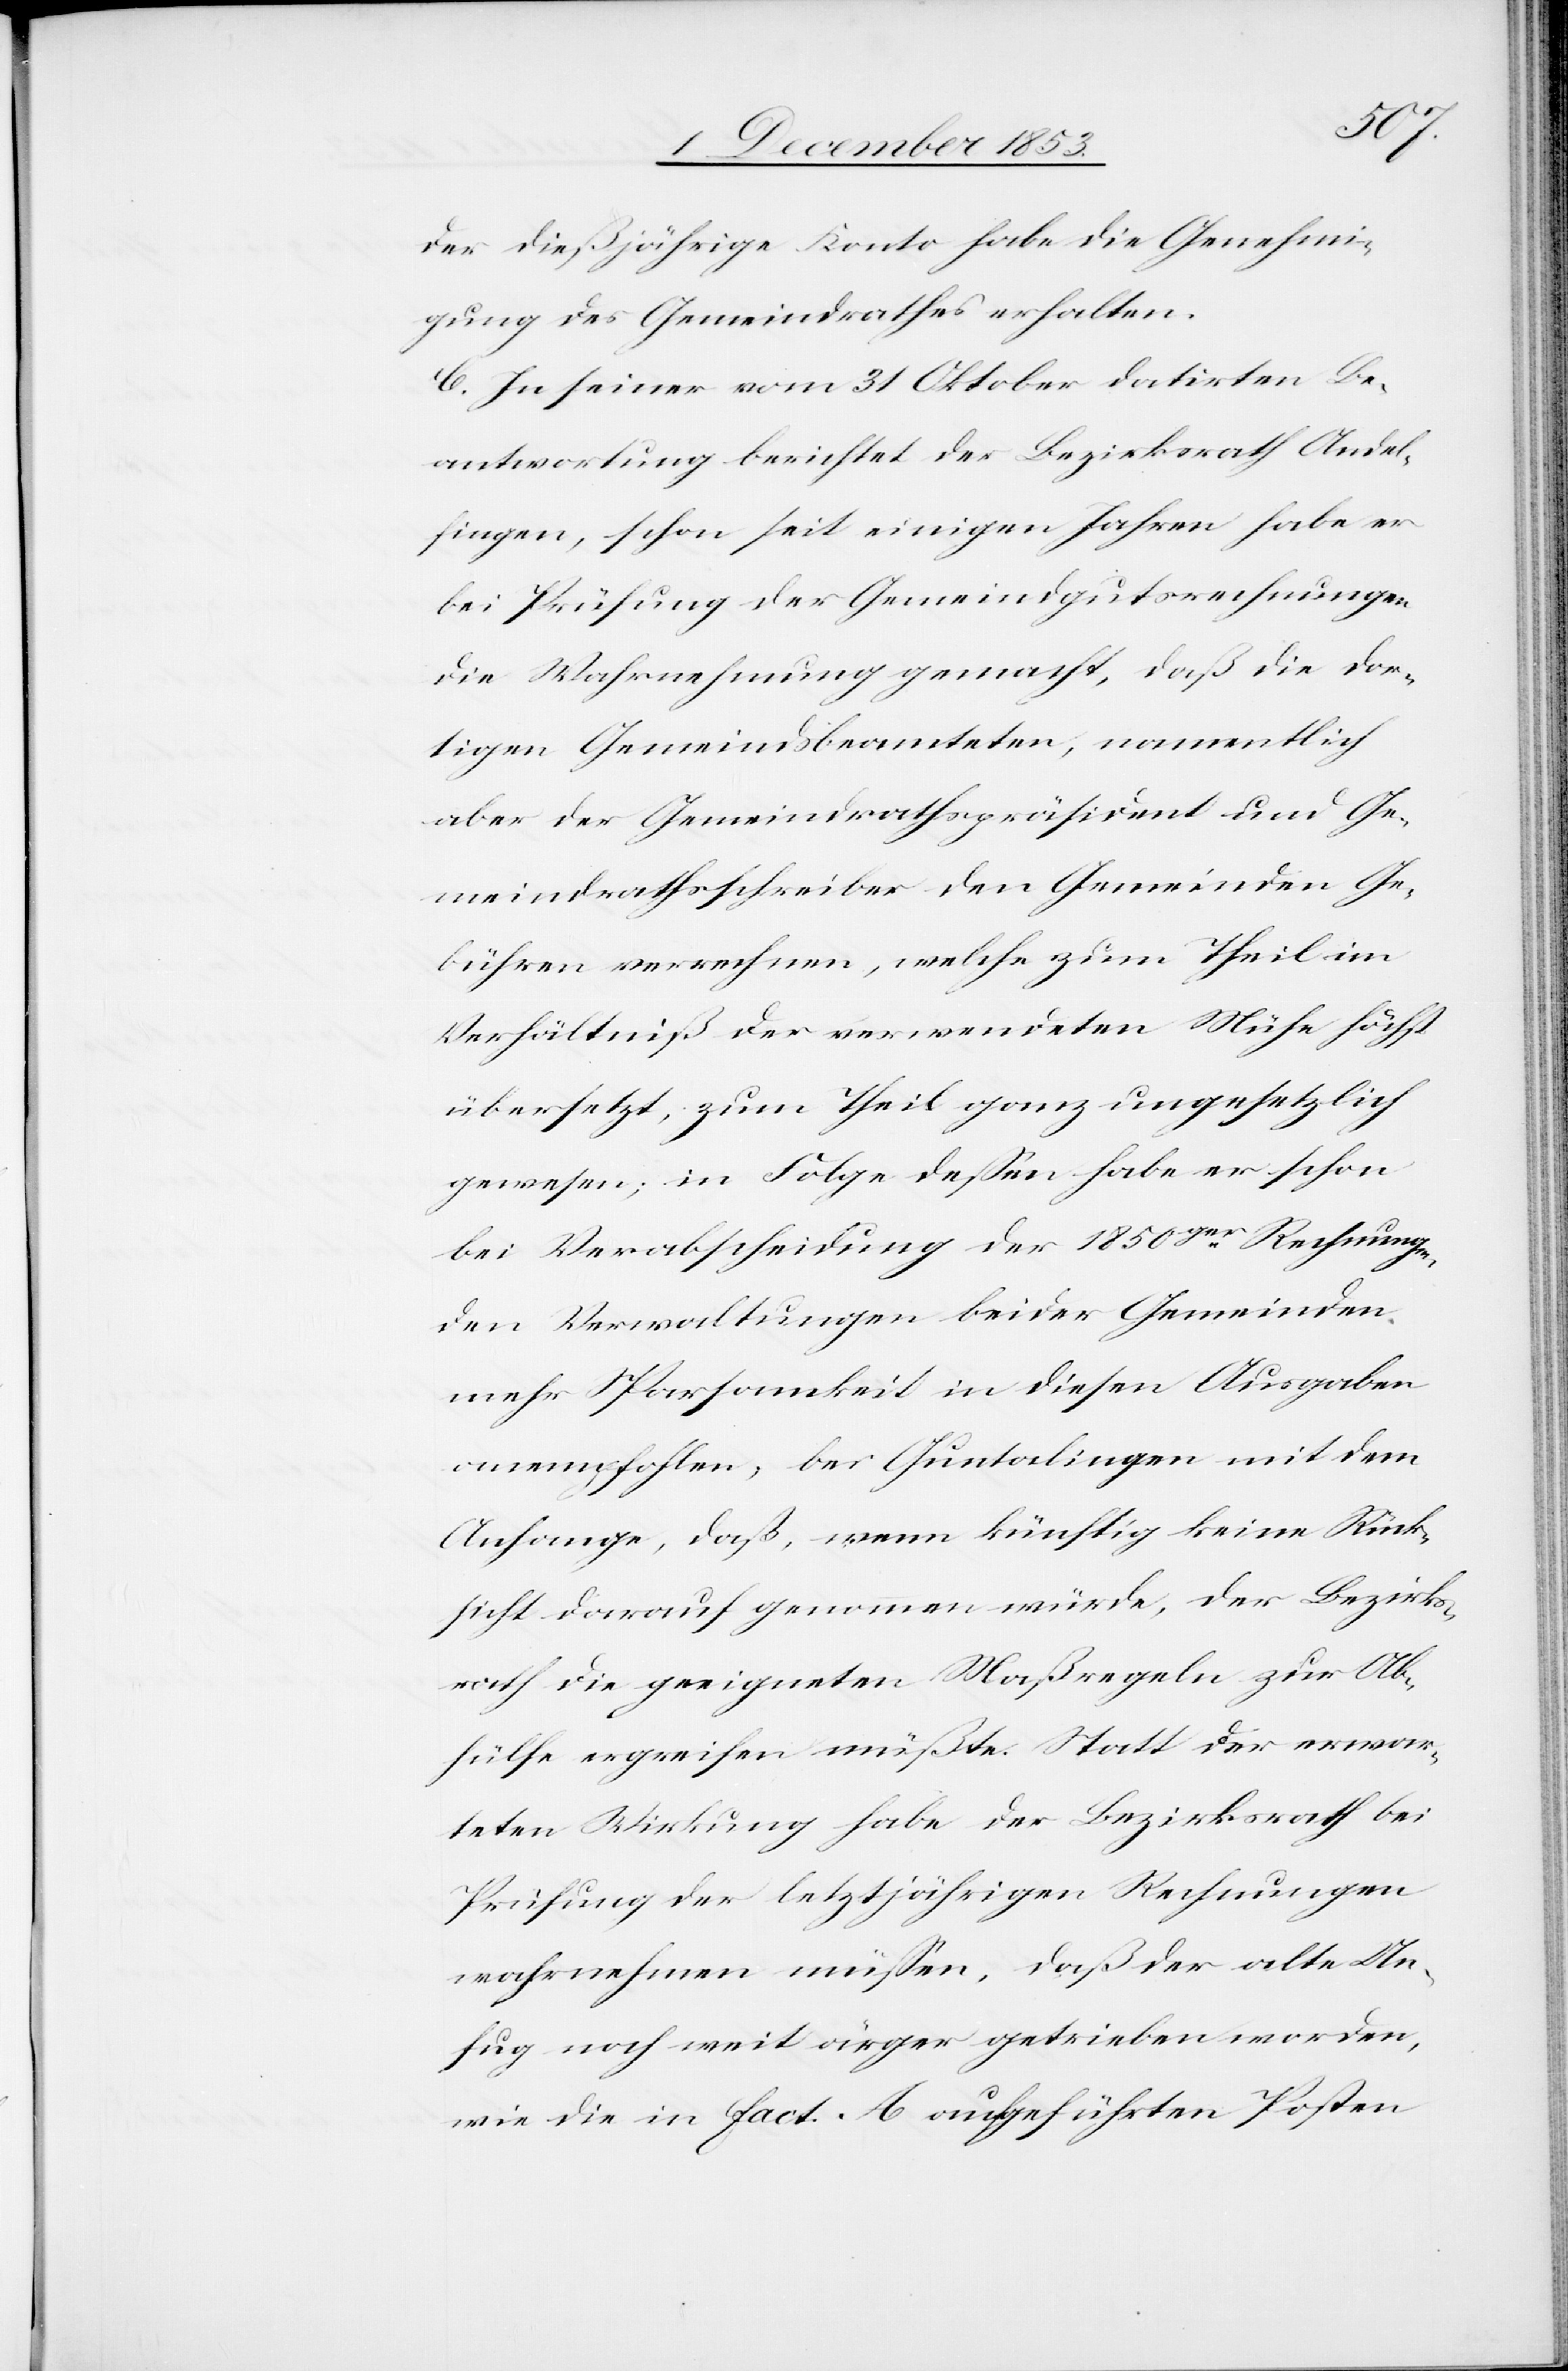
der dießjährige Konto habe die Genehmi¬
gung des Gemeindrathes erhalten.
C. In seiner vom 31 Oktober datirten Be¬
antwortung berichtet der Bezirksrath Andel¬
fingen, schon seit einigen Jahren habe er
bei Prüfung der Gemeindsgutsrechnungen
die Wahrnehmung gemacht, daß die dor¬
tigen Gemeindsbeamteten, namentlich
aber der Gemeindsrathspräsident und Ge¬
meindrathsschreiber den Gemeinden Ge¬
bühren verrechnen, welche zum Theil im
Verhältniß der verwendeten Mühe höchst
übersetzt, zum Theil ganz ungesetzlich
gewesen; in Folge deßen habe er schon
bei Verabscheidung der 1850ger Rechnungen
den Verwaltungen beider Gemeinden
mehr Sparsamkeit in diesen Ausgaben
anempfohlen, bei Guntalingen mit dem
Anhange, daß, wenn künftig keine Rück¬
sicht darauf genommen würde, der Bezirks¬
rath die geeigneten Maßregeln zur Ab¬
hülfe ergreifen müßte. Statt der erwar¬
teten Wirkung habe der Bezirksrath bei
Prüfung der letztjährigen Rechnungen
wahrnehmen müßen, daß der alte Un¬
fug noch weit ärger getrieben worden,
wie die in fact. A aufgeführten Posten